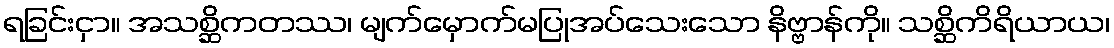
ရခြင်းငှာ။ အသစ္ဆိကတဿ၊ မျက်မှောက်မပြုအပ်သေးသော နိဗ္ဗာန်ကို။ သစ္ဆိကိရိယာယ၊